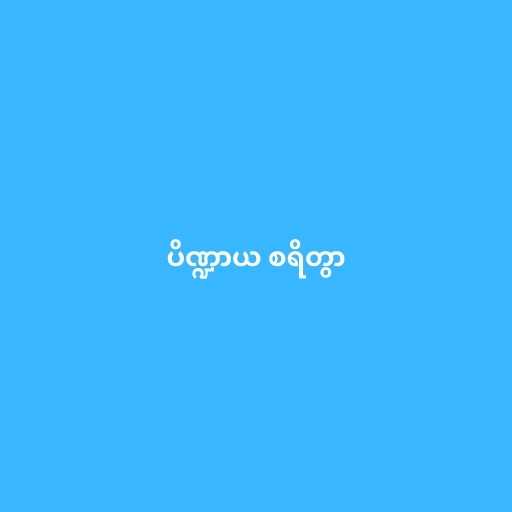
ပိဏ္ဍာယ စရိတွာ